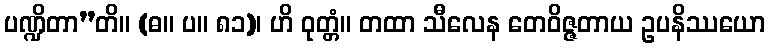
ပဏ္ဍိတာ”တိ။ (ဓ။ ပ။ ၈၁)၊ ဟိ ဝုတ္တံ။ တထာ သီလေန တေဝိဇ္ဇတာယ ဥပနိဿယော